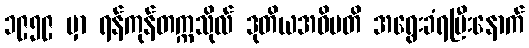
၁၉၅၉ မှာ ရန်ကုန်တက္ကသိုလ် ဒုတိယအဓိပတိ အရွေးခံရပြီးနောက်